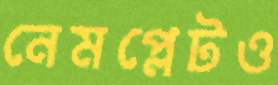
নেমপ্লেটও